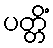
ပတ္တိံ